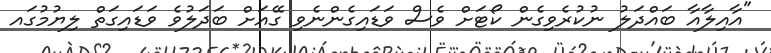
"އާއިލާއާ ބައްދަލު ނުކުރެވިގެން ކޯޓަށް ވެސް ވަޑައިގެންނެވި ގޭއަށް ބަދަލުވެ ވަޑައިގަތް ލިޔުމުގައ